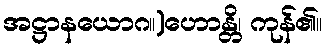
အဋ္ဌာနယောဂ။)ဟောန္တိ၊ ကုန်၏။